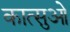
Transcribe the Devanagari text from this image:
कात्सुओ